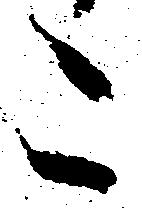
こ